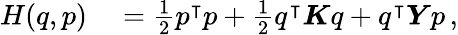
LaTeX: \begin{array}{rl}{H(q,p)}&{{}=\frac{1}{2}p^{\intercal}p+\frac{1}{2}q^{\intercal}\boldsymbol{K}q+q^{\intercal}\boldsymbol{Y}p\, ,}\end{array}